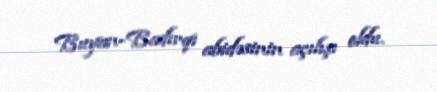
Buyan-Badırqı abidəsinin açılışı oldu.